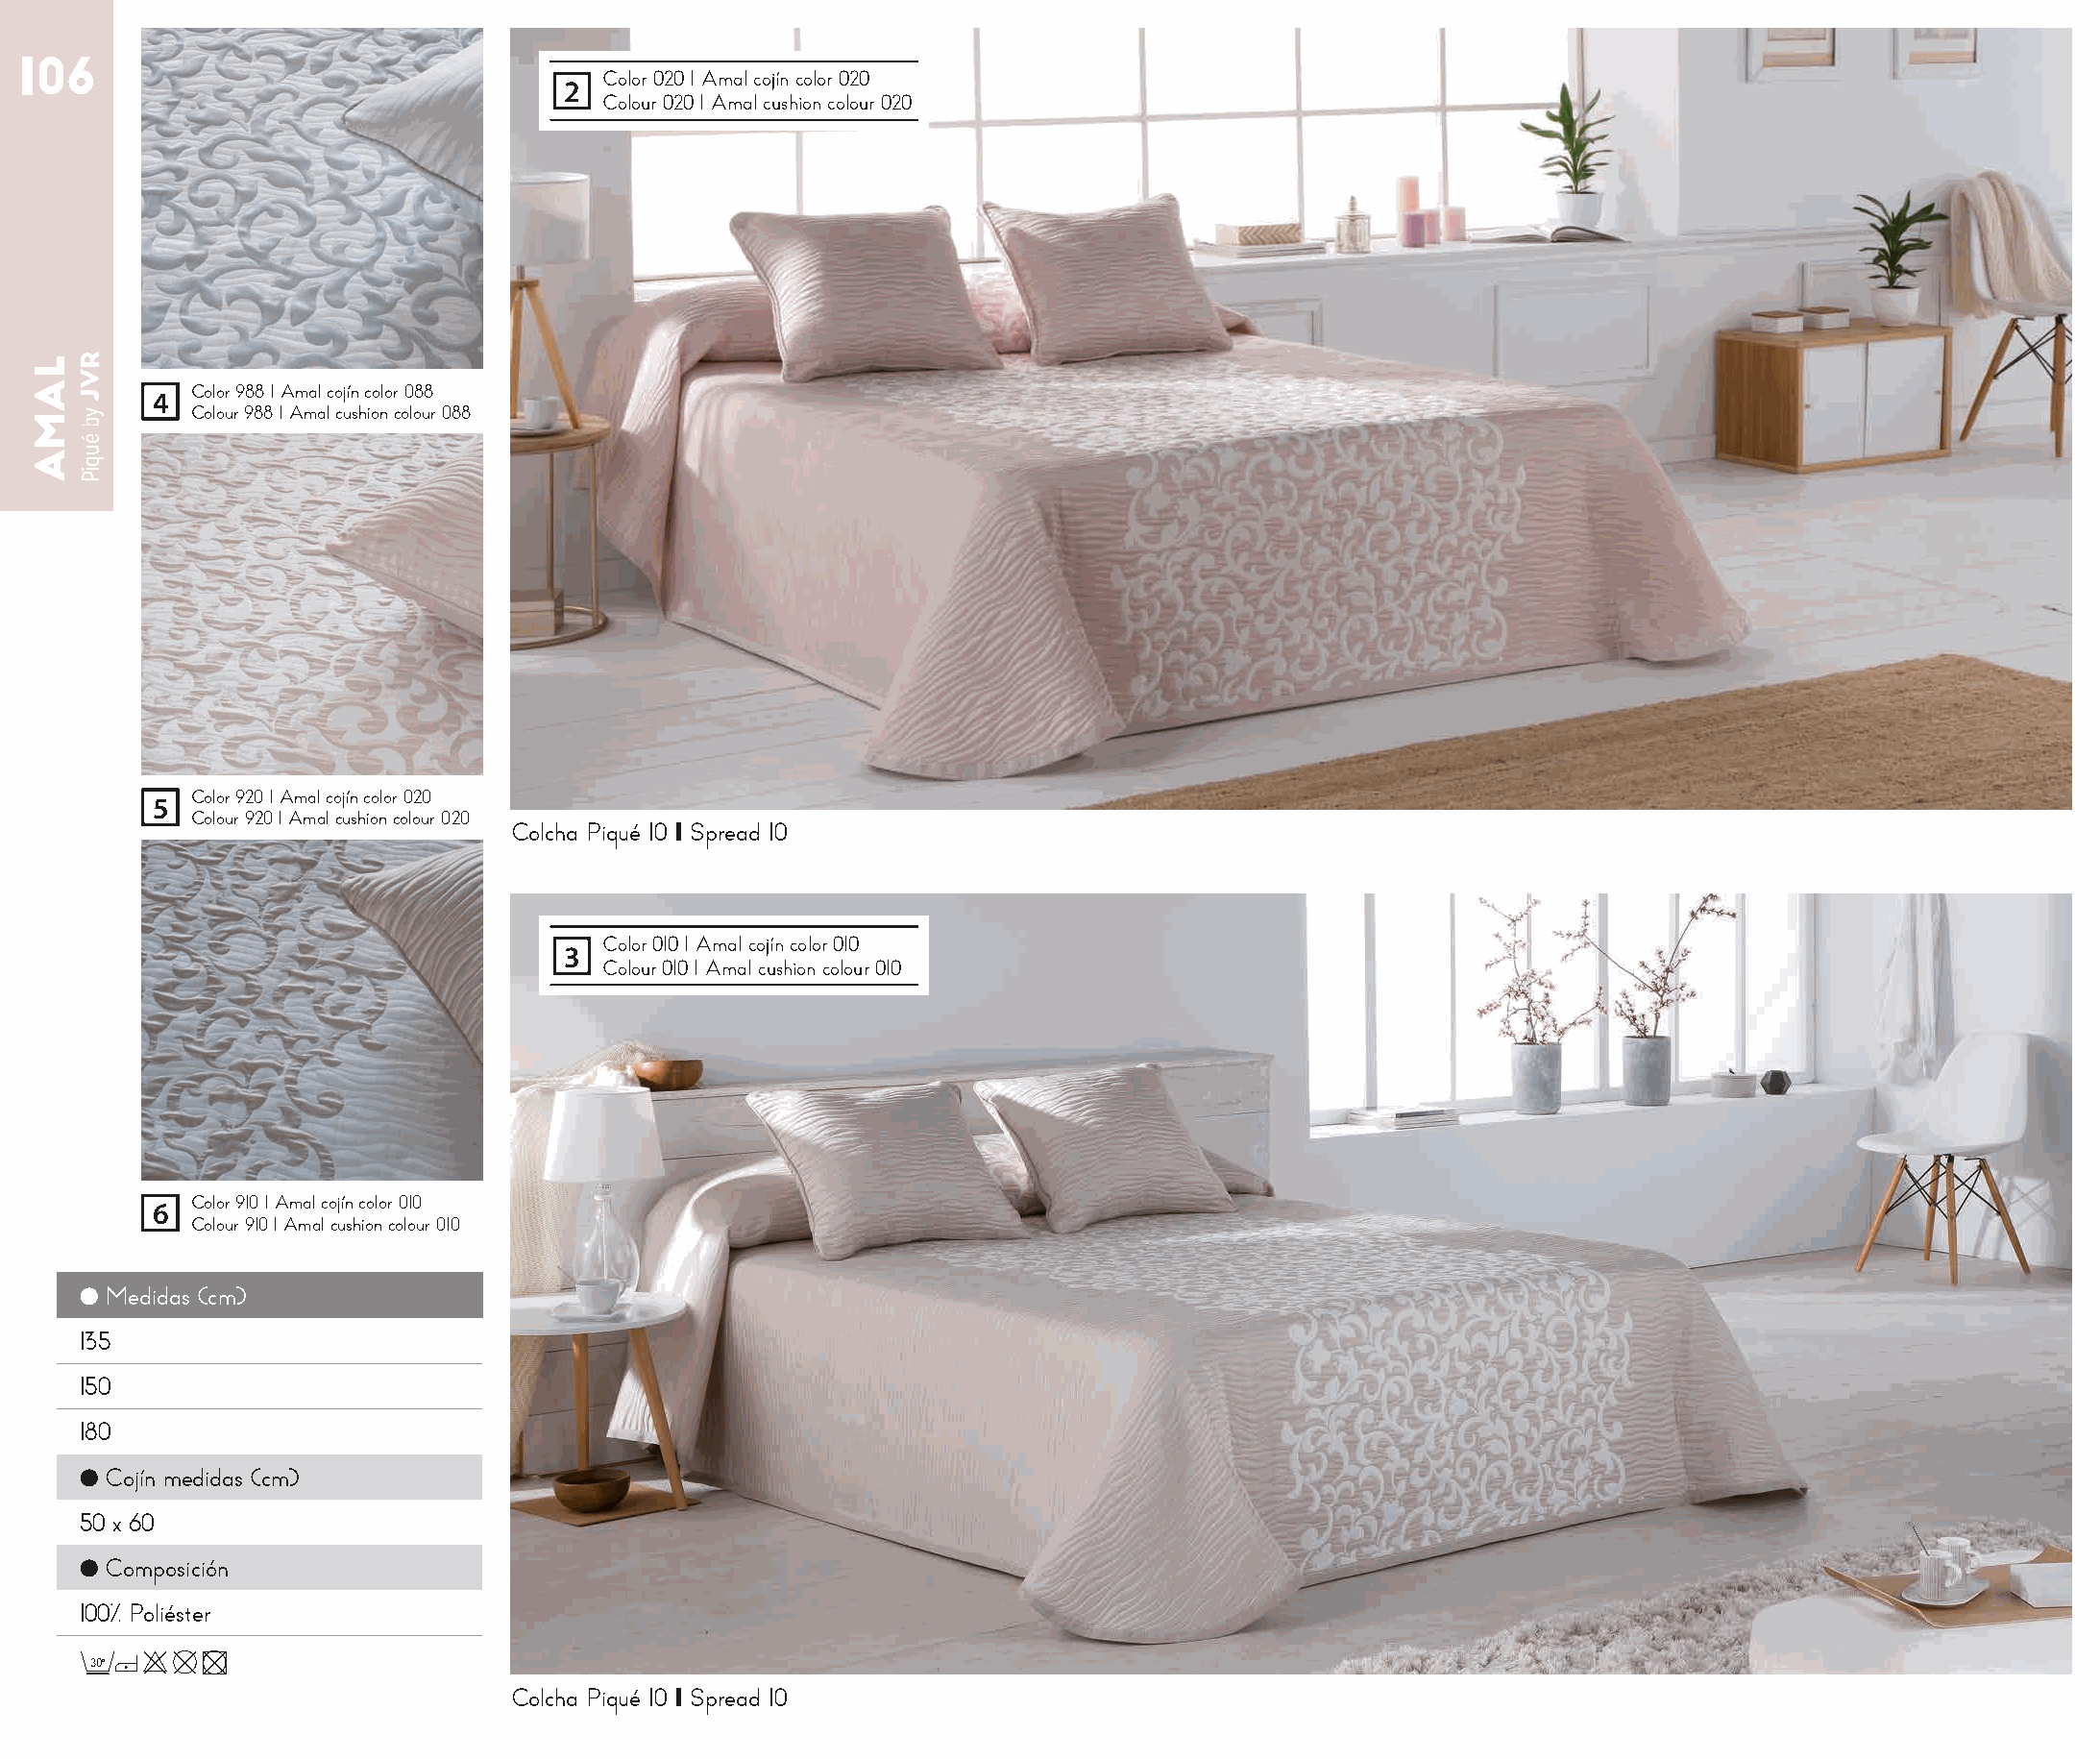
106
 Color 020 I Amal cojín color 020
 2
 Colour 020 I Amal cushion colour 020
 4  Color 988 I Amal cojín color 088
 Colour 988 I Amal cushion colour 088
 5  Color 920 I Amal cojín color 020
 Colour 920 I Amal cushion colour 020
 Colcha Piqué 10 I Spread 10
 Color 010 I Amal cojín color 010
 3
 Colour 010 I Amal cushion colour 010
 6  Color 910 I Amal cojín color 010
 Colour 910 I Amal cushion colour 010
 ● Medidas (cm)
 135
 150
 180
 ● Cojín medidas (cm)
 50 x 60
 ● Composición
 100% Poliéster
 30o
 Colcha Piqué 10 I Spread 10
 LAMA RVJ
 yb
 éuqiP